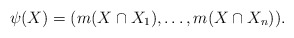
\begin{align*}\psi(X) = (m(X \cap X_1), \ldots, m(X \cap X_n)).\end{align*}